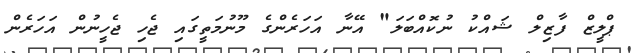
ޕްލީޒް ފާޒިލް ޝައްކު ނުކޮއްބަލަ" އޭނާ އަހަރެންގެ މޫނުމަތީގައި ޖެހި ޖެހީނުން އަހަރެން